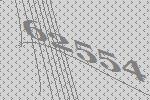
62554